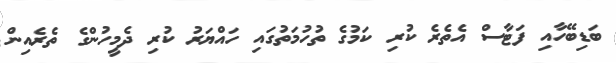
ބަޑިބޭހާއި ފަޓާސް އެތެރެ ކުރި ކަމުގެ ތުހުމަތުގައި ހައްޔަރު ކުރި ދެމީހުންގެ ތެރެއިން